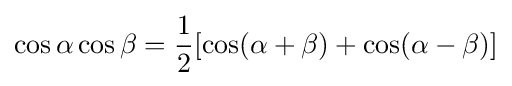
\cos \alpha \cos \beta ={\frac {1}{2}}[\cos(\alpha +\beta )+\cos(\alpha -\beta )]